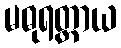
မဓုရတ္တာယ